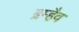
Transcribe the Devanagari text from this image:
ब्रम्हैव